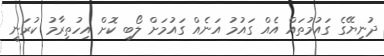
ދުނިޔޭގެ ގައުމުތައް އެއް ގައުމު އަނެއް ގައުމަށް ލޯބި ކޮށް އިހުތިރާމު ކުރަނީ